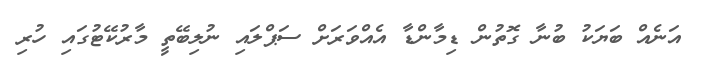
އަނެއް ބަޔަކު ބުނާ ގޮތުން ޑިމާންޑާ އެއްވަރަށް ސަޕްލަައި ނުލިބޭތީ މާރުކޭޓުގައި ހުރިި